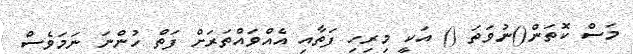
މަސް ކޮތަން()ނުވަތަ () އަކީ މިރިހި ފަތާއި އެއްވައްތަރަށް ފަތް ހުންނަ ނަމަވެސް